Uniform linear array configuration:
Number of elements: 64
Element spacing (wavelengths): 0.25
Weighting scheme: kaiser
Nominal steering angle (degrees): -15
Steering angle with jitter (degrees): -13.505
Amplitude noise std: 0.05
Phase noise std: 0.05

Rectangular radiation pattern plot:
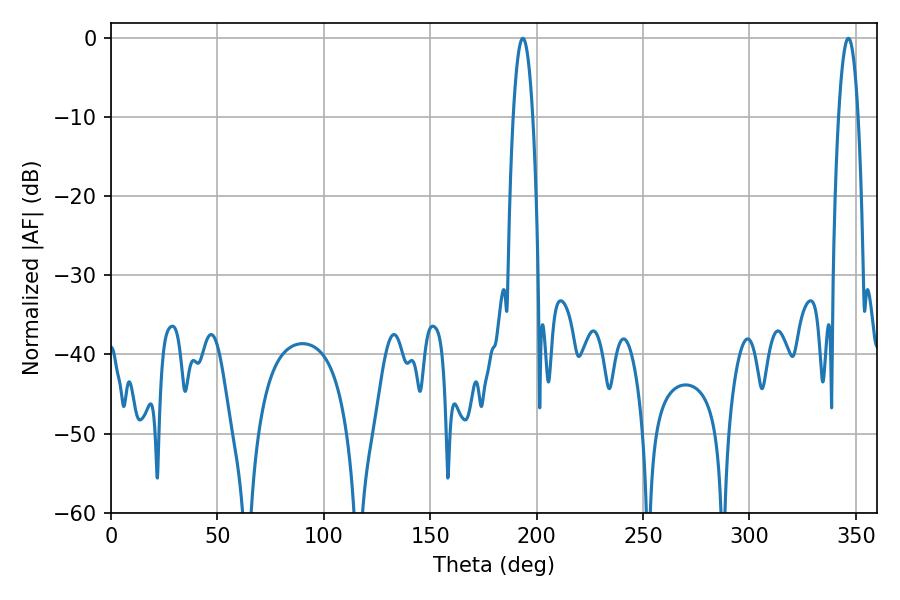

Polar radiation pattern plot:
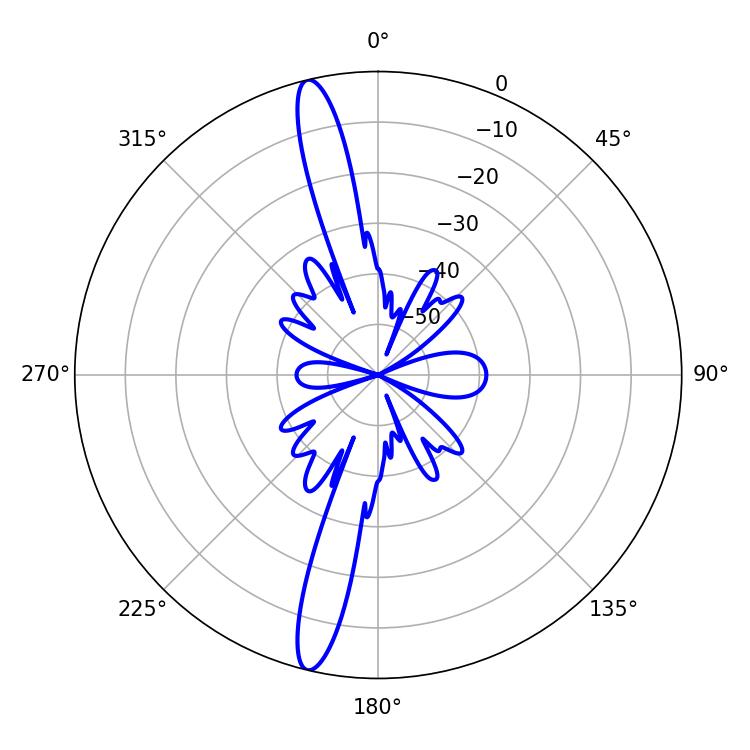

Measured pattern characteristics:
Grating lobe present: FALSE
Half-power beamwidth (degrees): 5.04
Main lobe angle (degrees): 193.5